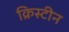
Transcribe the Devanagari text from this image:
क्रिस्‍टीन